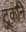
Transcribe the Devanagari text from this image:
टूकनि